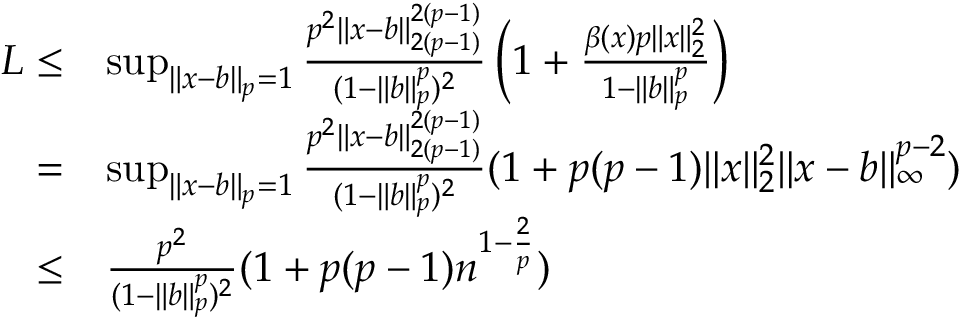
\begin{array} { r l } { L \leq } & { \operatorname* { s u p } _ { \| x - b \| _ { p } = 1 } \frac { p ^ { 2 } \| x - b \| _ { 2 ( p - 1 ) } ^ { 2 ( p - 1 ) } } { ( 1 - \| b \| _ { p } ^ { p } ) ^ { 2 } } \left( 1 + \frac { \beta ( x ) p \| x \| _ { 2 } ^ { 2 } } { 1 - \| b \| _ { p } ^ { p } } \right) } \\ { = } & { \operatorname* { s u p } _ { \| x - b \| _ { p } = 1 } \frac { p ^ { 2 } \| x - b \| _ { 2 ( p - 1 ) } ^ { 2 ( p - 1 ) } } { ( 1 - \| b \| _ { p } ^ { p } ) ^ { 2 } } ( 1 + p ( p - 1 ) \| x \| _ { 2 } ^ { 2 } \| x - b \| _ { \infty } ^ { p - 2 } ) } \\ { \leq } & { \frac { p ^ { 2 } } { ( 1 - \| b \| _ { p } ^ { p } ) ^ { 2 } } ( 1 + p ( p - 1 ) n ^ { 1 - \frac { 2 } { p } } ) } \end{array}